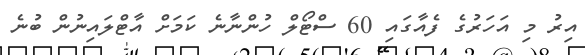
އިރު މި އަހަރުގެ ފެއާގައި 60 ސްޓޯލް ހުންނާނެ ކަމަށް އާޓްލައިނުން ބުނެ